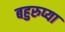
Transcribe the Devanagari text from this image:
बहुरुप्या